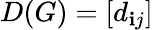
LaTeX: D(G)=[d_{\mathbf{i}j}]